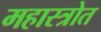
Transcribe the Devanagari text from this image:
महास्त्रोत